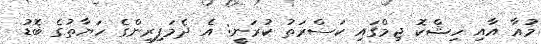
މުއާ އާއި ހިޝްކޮ ޖިމްގައި ކަސްރަތު ކުރަނީ: އެ ދެމަފިރިންގެ ހަޔާތުގެ ބޮޑު